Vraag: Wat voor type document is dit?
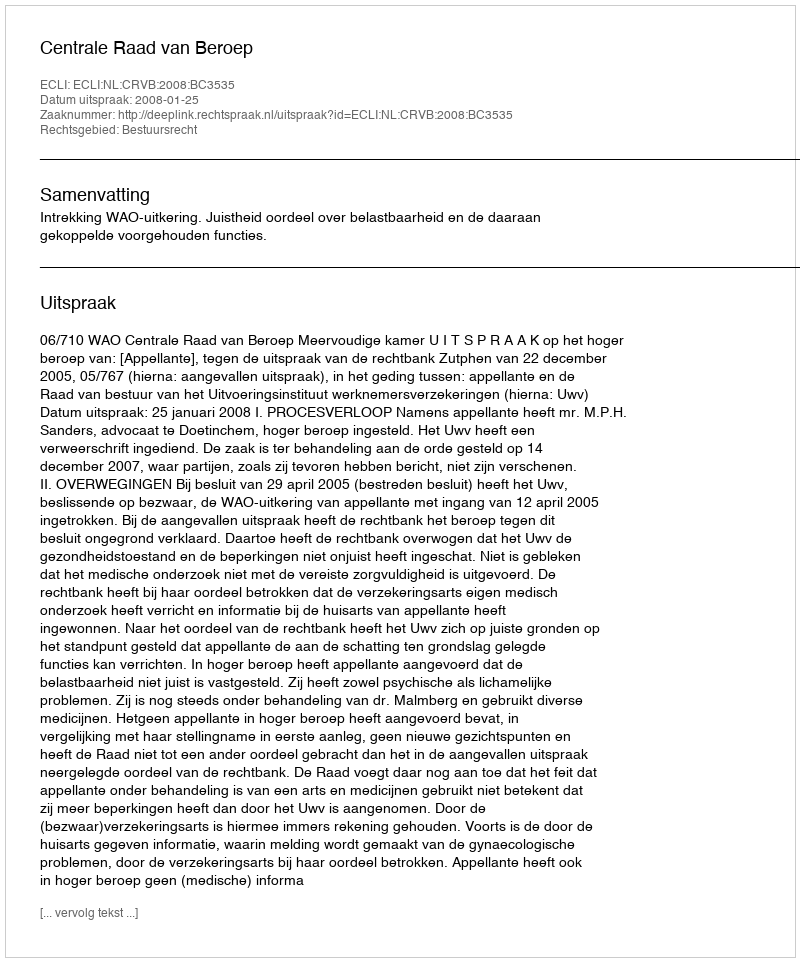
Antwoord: Uitspraak